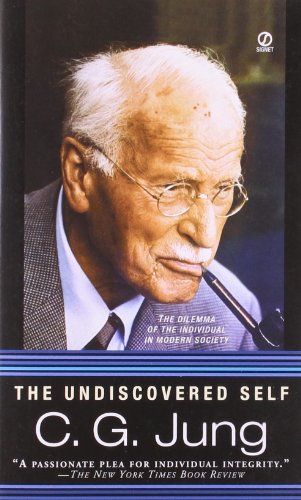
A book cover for The Undiscovered Self; Carl G. Jung; Medical Books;